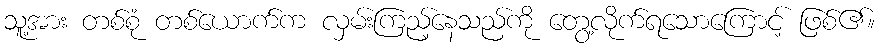
သူ့အား တစ်စုံ တစ်ယောက်က လှမ်းကြည့်နေသည်ကို တွေ့လိုက်ရသောကြောင့် ဖြစ်၏။